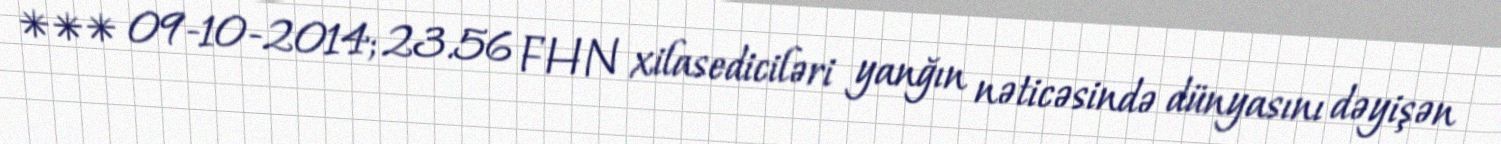
*** 09-10-2014; 23.56 FHN xilasediciləri yanğın nəticəsində dünyasını dəyişən